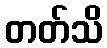
တတ်သိ